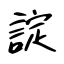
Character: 諚